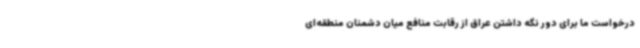
درخواست ما برای دور نگه داشتن عراق از رقابت منافع میان دشمنان منطقه‌ای